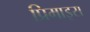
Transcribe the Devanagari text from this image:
प्रिमाइस